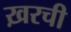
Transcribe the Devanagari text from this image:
ख़रची